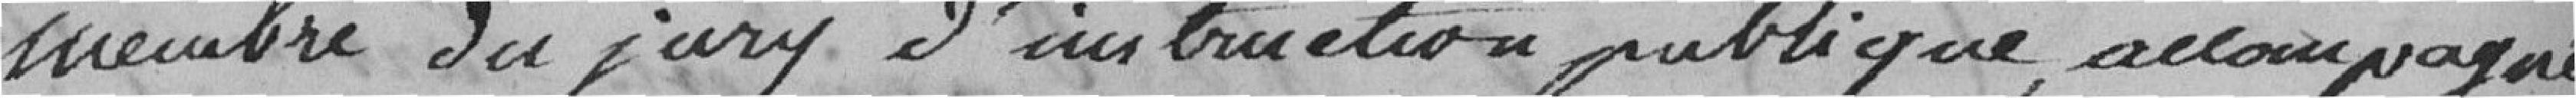
membre du jury d'instruction publique, accompagné,